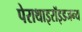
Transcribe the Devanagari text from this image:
पेराथाइरॉइडजन्य